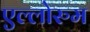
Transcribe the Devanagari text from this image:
एल्लोरुम